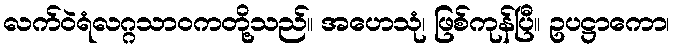
လက်ဝဲရံလဂ္ဂသာဝကတို့သည်။ အဟေသုံ၊ ဖြစ်ကုန်ပြီ။ ဥပဋ္ဌာကော၊